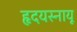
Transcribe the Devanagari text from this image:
हृदयस्नायू